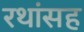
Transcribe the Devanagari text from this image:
रथांसह